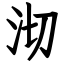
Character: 沏